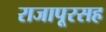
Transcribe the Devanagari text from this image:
राजापूरसह